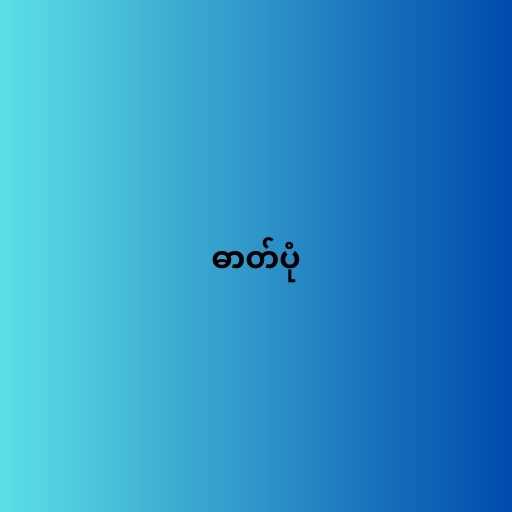
ဓာတ်ပုံ